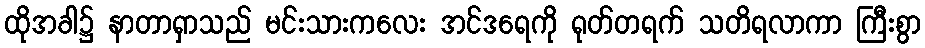
ထိုအခါ၌ နာတာရှာသည် မင်းသားကလေး အင်ဒရေကို ရုတ်တရက် သတိရလာကာ ကြီးစွာ